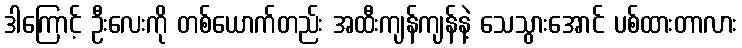
ဒါကြောင့် ဦးလေးကို တစ်ယောက်တည်း အထီးကျန်ကျန်နဲ့ သေသွားအောင် ပစ်ထားတာလား